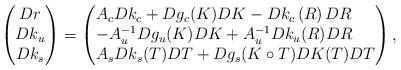
LaTeX: \begin{align*}\begin{pmatrix} Dr \\ Dk_u \\ Dk_s \end{pmatrix} &= \begin{pmatrix*}[l] A_c Dk_c + Dg_c(K{}{}) DK{}{} - Dk_c\left(R\right) DR \\-A_u^{-1} Dg_u(K{}{}) DK{}{} + A_u^{-1} Dk_u(R) DR \\ A_s Dk_s(T)DT + Dg_s(K{}{} \circ T) DK{}{}(T) DT \end{pmatrix*}, \end{align*}